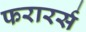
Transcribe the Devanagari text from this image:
फरारर्स